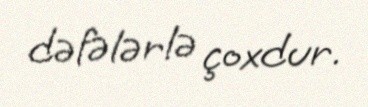
dəfələrlə çoxdur.